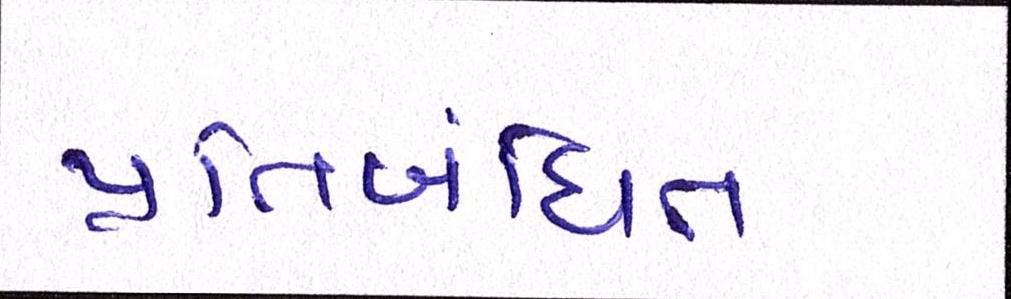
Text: પ્રતિબંધિત